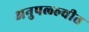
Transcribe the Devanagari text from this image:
अनुपल्ल्वीत